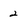
Character: 2